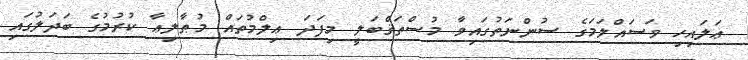
ޢަލައިހި ވަސައްލަމަގެ ސުންނަތުގައިވާ މުސްތަޤްބަލީ މިފަދަ ޢިލްމުތައް މުޠާލިޢާ ކުރުމުގެ ބަދަލުގައި